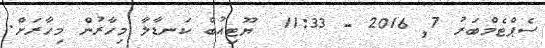
ސެޕްޓެމްބަރު 7